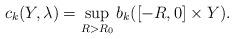
LaTeX: \begin{align*}c_k(Y,\lambda) = \sup_{R>R_0}b_k([-R,0]\times Y).\end{align*}